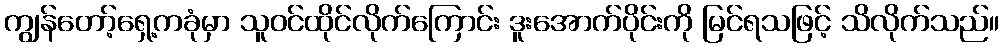
ကျွန်တော့်ရှေ့ကခုံမှာ သူဝင်ထိုင်လိုက်ကြောင်း ဒူးအောက်ပိုင်းကို မြင်ရသဖြင့် သိလိုက်သည်။